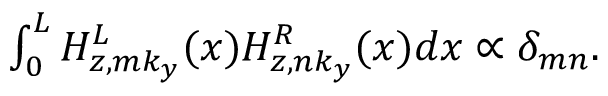
\begin{array} { r } { \int _ { 0 } ^ { L } H _ { z , m k _ { y } } ^ { L } ( x ) H _ { z , n k _ { y } } ^ { R } ( x ) d x \propto \delta _ { m n } . } \end{array}